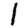
Digit: 1